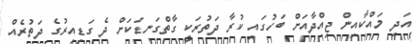
އަދި މައްކާއިން ޖިއްދާއަށް ބަހުގައި ކުރާ ދަތުރަކީ ގާތްގަނޑަކަށް ދެ ގަޑިއިރުގެ ދަތުރެއް